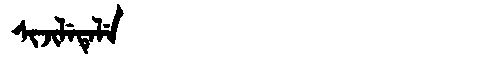
Manchu: ᠰᡳᠵᡳᠯᡝᡨᡝᠯᡝ
Romanization: SIJILETELE